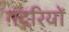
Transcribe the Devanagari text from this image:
ग़दरियों